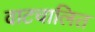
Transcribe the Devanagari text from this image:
वाटचालित